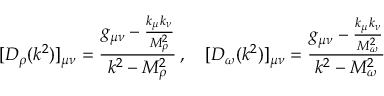
[ D _ { \rho } ( k ^ { 2 } ) ] _ { \mu \nu } = \frac { g _ { \mu \nu } - \frac { k _ { \mu } k _ { \nu } } { M _ { \rho } ^ { 2 } } } { k ^ { 2 } - M _ { \rho } ^ { 2 } } \, , ~ ~ ~ [ D _ { \omega } ( k ^ { 2 } ) ] _ { \mu \nu } = \frac { g _ { \mu \nu } - \frac { k _ { \mu } k _ { \nu } } { M _ { \omega } ^ { 2 } } } { k ^ { 2 } - M _ { \omega } ^ { 2 } }